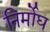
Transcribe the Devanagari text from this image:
निर्मोघ